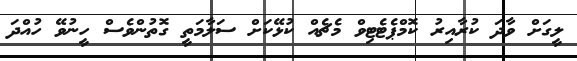
ލީގަށް ވާދަ ކުރާއިރު ކޮމްޕެޓެޓިވް މެޗެއް ކުޅޭކަށް ސަލާމަތީ ގޮތުންވެސް ހީނުވޭ ހުއްދަ